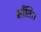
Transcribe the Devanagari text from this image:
भाँति।।